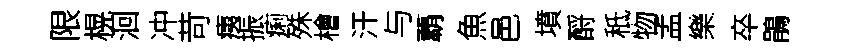
限榥洄冲苛痍振痢殊檜汗与覇魚邑墳酹秪物孟樂卒鵑